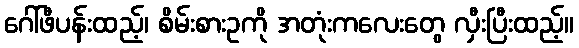
ဂေါ်ဖီပန်းထည့်၊ စိမ်းစားဥကို အတုံးကလေးတွေ လှီးပြီးထည့်။